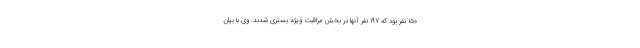
۱۵۰ نفر بود که ۱۹۷ نفر آنها در بخش مراقبت ویژه بستری شدند. وی با بیان